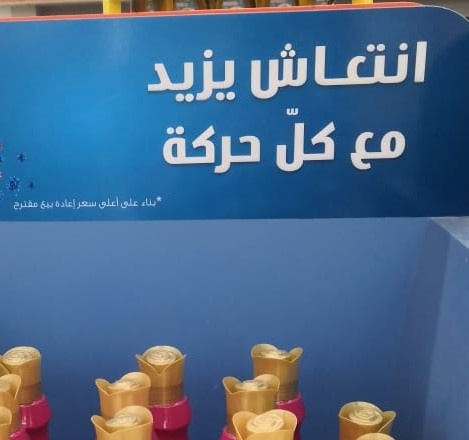
Text in image: انتعاش يزيد كل مع حركة